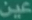
عين